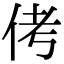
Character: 侤